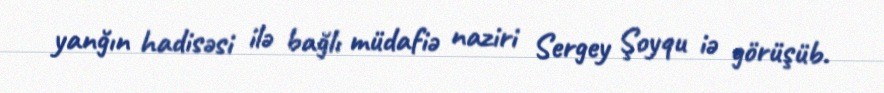
yanğın hadisəsi ilə bağlı müdafiə naziri Sergey Şoyqu iə görüşüb.